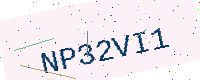
Text: NP32VI1